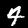
Digit: 4